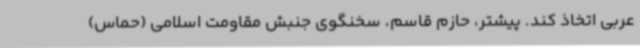
عربی اتخاذ کند. پیشتر، حازم قاسم، سخنگوی جنبش مقاومت اسلامی (حماس)